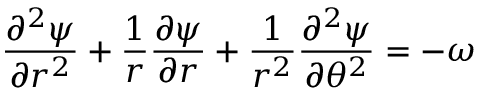
\frac { \partial ^ { 2 } \psi } { \partial r ^ { 2 } } + \frac { 1 } { r } \frac { \partial \psi } { \partial r } + \frac { 1 } { r ^ { 2 } } \frac { \partial ^ { 2 } \psi } { \partial \theta ^ { 2 } } = - \omega